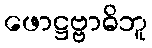
ဖောဋ္ဌဗ္ဗာဓိဘူ